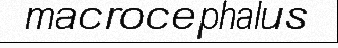
macrocephalus